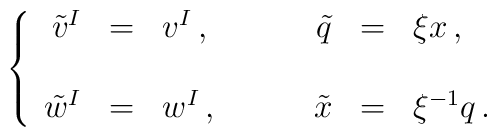
\left\{\begin{array}{rclrcl}\tilde{v}^{I} & = & v^{I}\, , \hspace{1cm}&\tilde{q} & = & \xi x\, ,\\& & \\\tilde{w}^{I} & = & w^{I}\, , &\tilde{x} & = & \xi^{-1} q\, .\\\end{array}\right.